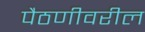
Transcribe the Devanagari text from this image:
पैठणीवरील